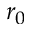
r _ { 0 }